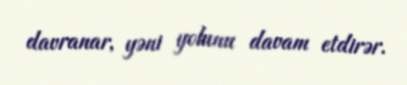
davranar, yəni yolunu davam etdirər.